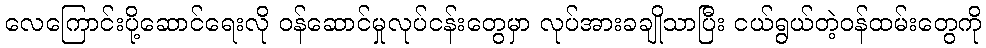
လေကြောင်းပို့ဆောင်ရေးလို ဝန်ဆောင်မှုလုပ်ငန်းတွေမှာ လုပ်အားခချိုသာပြီး ငယ်ရွယ်တဲ့ဝန်ထမ်းတွေကို